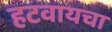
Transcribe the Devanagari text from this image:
हटवायचा